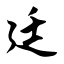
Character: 廷